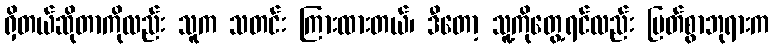
ရှိတယ်ဆိုတာကိုလည်း သူက သတင်း ကြားထားတယ်၊ ဒီတော့ သူ့ကိုတွေ့ရင်လည်း မြတ်စွာဘုရားက